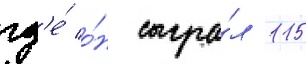
гд'е́ о́н сыгра́л 115